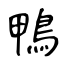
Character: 鴨